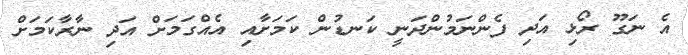
އެ ނަގޫ ރޯޅި އަދި ފެންނަމުންދަނީ ކަނޑުން ކަމަށާއި އެއްގަމަށް އަދި ނާރާކަމަށް